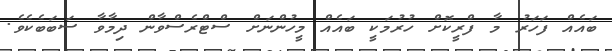
ބައެއް ފަހަރު މާ ފްރީކޮށް ހުރުމަކީ ބައެއް މީހުންނަށް ސްޓްރެސްވާން ދިމާވާ ސަބަބެކެވެ.